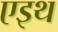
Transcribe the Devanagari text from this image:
एइथ